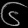
Digit: ၆